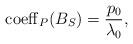
LaTeX: \begin{align*}{\rm coeff}_P(B_S)=\frac{p_0}{\lambda_0},\end{align*}